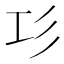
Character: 㣉